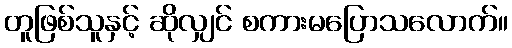
တူဖြစ်သူနှင့် ဆိုလျှင် စကားမပြောသလောက်။